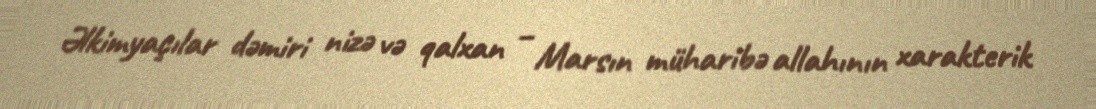
Əlkimyaçılar dəmiri nizə və qalxan – Marsın müharibə allahının xarakterik